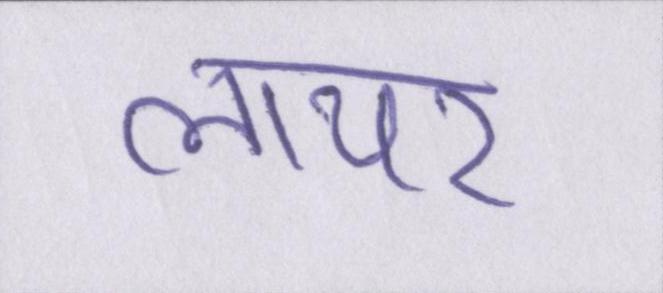
लायर